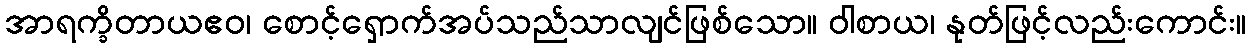
အာရက္ခိတာယဧဝ၊ စောင့်ရှောက်အပ်သည်သာလျင်ဖြစ်သော။ ဝါစာယ၊ နုတ်ဖြင့်လည်းကောင်း။